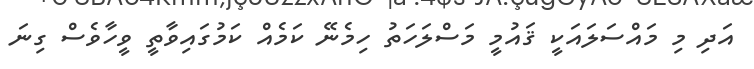
އަދި މި މައްސަލައަކީ ޤައުމީ މަސްލަހަތު ހިމެނޭ ކަމެއް ކަމުގައިވާތީ ވީހާވެސް ގިނަ